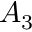
A _ { 3 }